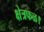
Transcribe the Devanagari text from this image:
क्षेत्रफळ।